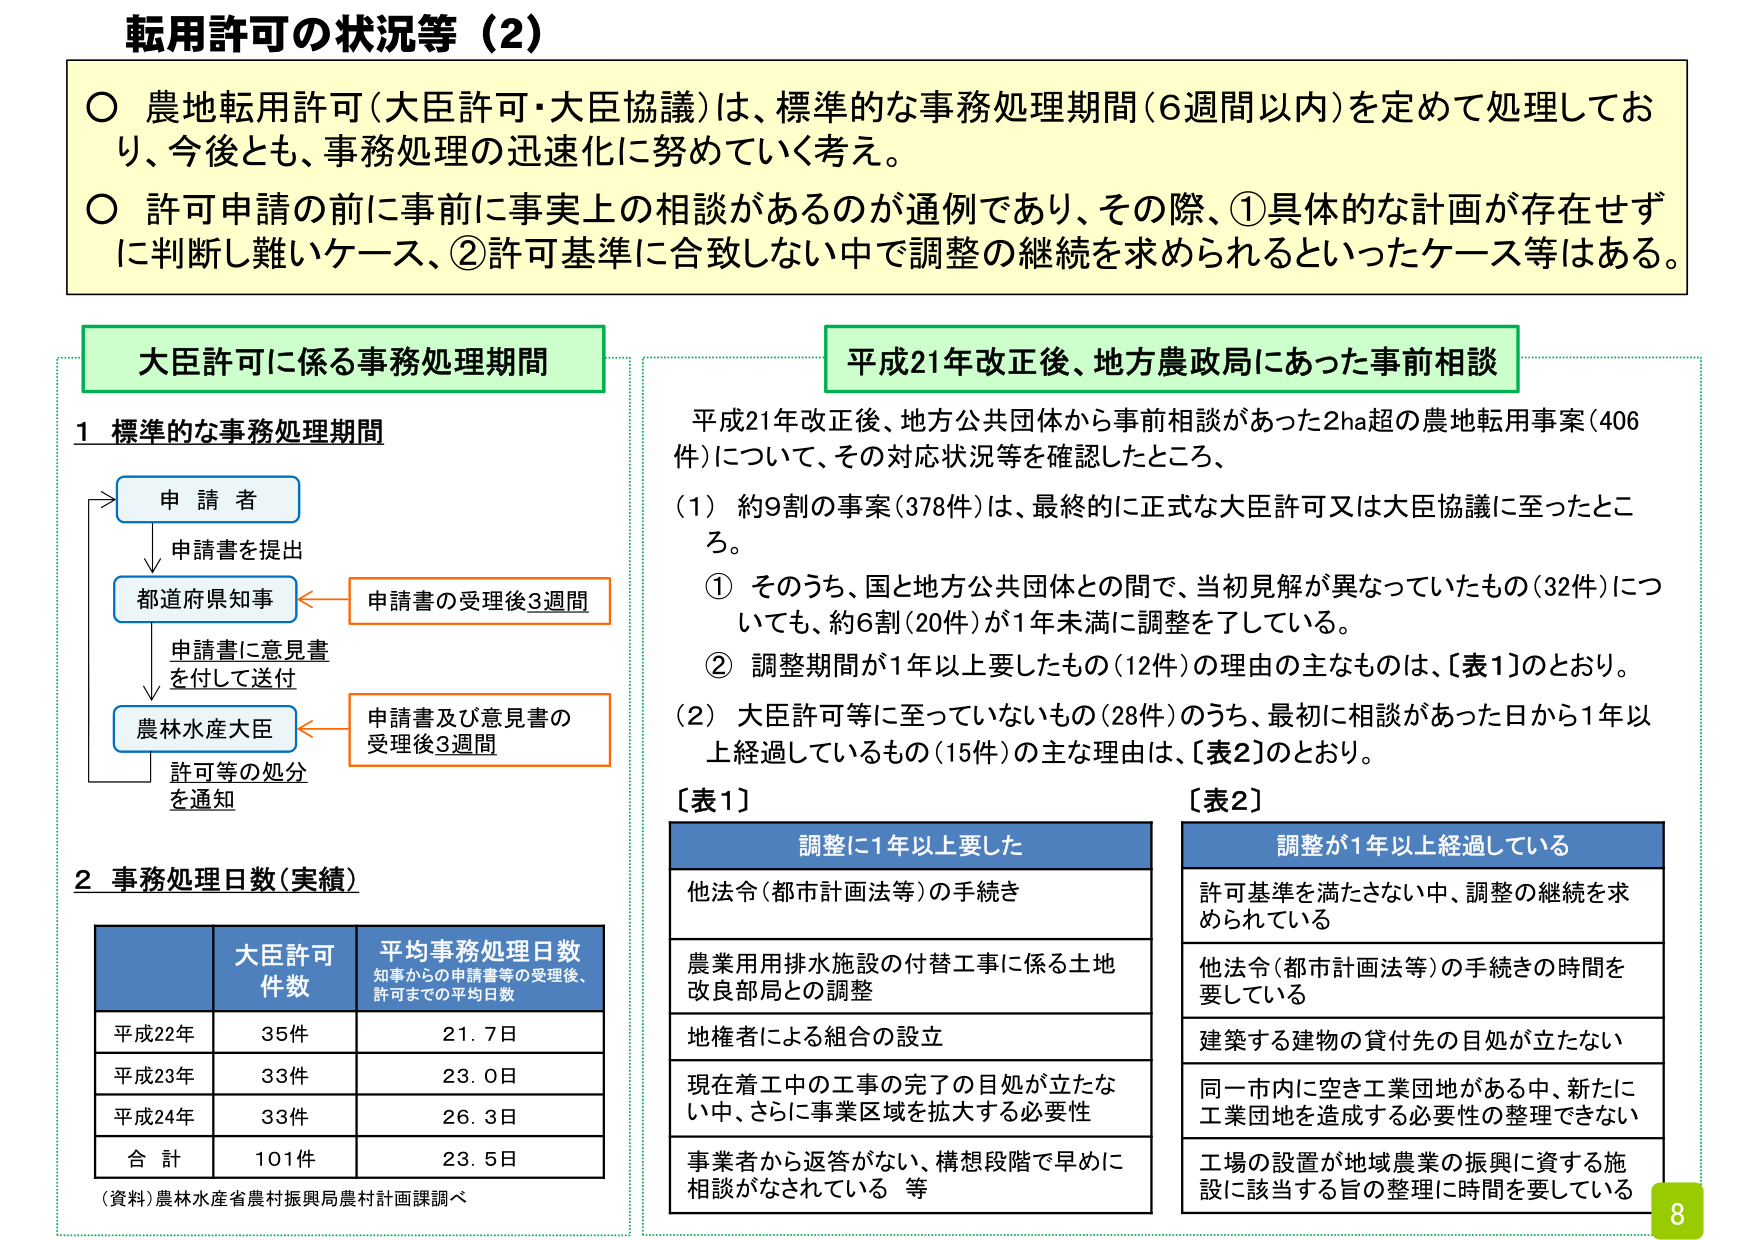
転用許可の状況等（2）

○ 農地転用許可（大臣許可・大臣協議）は、標準的な事務処理期間（6週間以内）を定めて処理しており、今後とも、事務処理の迅速化に努めていく考え。

○ 許可申請の前に事前に事実上の相談があるのが通例であり、その際、①具体的な計画が存在せずに判断し難いケース、②許可基準に合致しない中で調整の継続を求められるといったケース等はある。

大臣許可に係る事務処理期間

1 標準的な事務処理期間

申請者
→ 申請書を提出
↓
都道府県知事
← 申請書の受理後3週間
↓
申請書に意見書を付して送付
↓
農林水産大臣
← 申請書及び意見書の受理後3週間
↓
許可等の処分を通知

2 事務処理日数（実績）

| | 大臣許可件数 | 平均事務処理日数（知事からの申請書等の受理後、許可までの平均日数） |
|---|---|---|
| 平成22年 | 35件 | 21.7日 |
| 平成23年 | 33件 | 23.0日 |
| 平成24年 | 33件 | 26.3日 |
| 合計 | 101件 | 23.5日 |

（資料）農林水産省農村振興局農村計画課調べ

平成21年改正後、地方農政局にあった事前相談

平成21年改正後、地方公共団体から事前相談があった2ha超の農地転用事案（406件）について、その対応状況等を確認したところ、

（1）約9割の事案（378件）は、最終的に正式な大臣許可又は大臣協議に至ったところ。

① そのうち、国と地方公共団体との間で、当初見解が異なっていたもの（32件）についても、約6割（20件）が1年未満に調整をしている。

② 調整期間が1年以上要したものの（12件）の理由の主なものは、［表1］のとおり。

（2）大臣許可等に至っていないもの（28件）のうち、最初に相談があった日から1年以上経過しているもの（15件）の主な理由は、［表2］のとおり。

［表1］
調整に1年以上要した

- 他法令（都市計画法等）の手続き
- 農業用用排水施設の付替工事に係る土地改良部局との調整
- 地権者による組合の設立
- 現在着工中の工事の完了の目処が立たない中、さらに事業区域を拡大する必要性
- 事業者から返答がない、構想段階で早めに相談がなされている 等

［表2］
調整が1年以上経過している

- 許可基準を満たさない中、調整の継続を求められている
- 他法令（都市計画法等）の手続きの時間を要している
- 建築する建物の貸付先の目処が立たない
- 同一市内に空き工業団地がある中、新たに工業団地を造成する必要性の整理できない
- 工場の設置が地域農業の振興に資する施設に該当する旨の整理に時間を要している

8